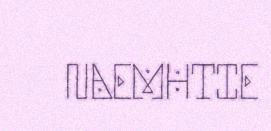
NAEMHTIE